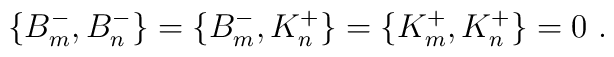
\{ B^-_m , B^-_n \} = \{ B^-_m , K^+_n \} = \{ K^+_m , K^+_n \} = 0 \ .